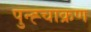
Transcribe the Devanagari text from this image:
पुन्ह्चाक्रण